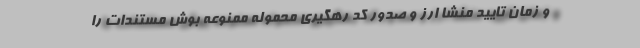
و زمان تایید منشا ارز و صدور کد رهگیری محموله ممنوعه بوش مستندات را